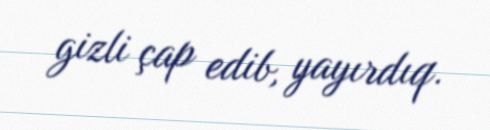
gizli çap edib, yayırdıq.